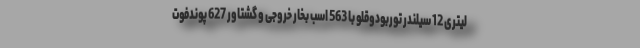
لیتری 12 سیلندر توربودوقلو با 563 اسب بخار خروجی و گشتاور 627 پوندفوت